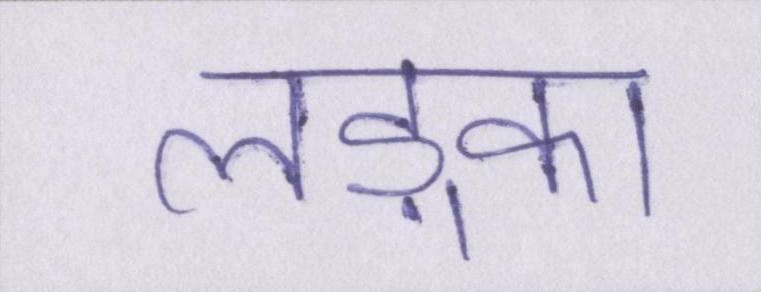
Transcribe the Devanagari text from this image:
लड़्का